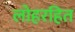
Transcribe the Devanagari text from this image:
लोहरहित